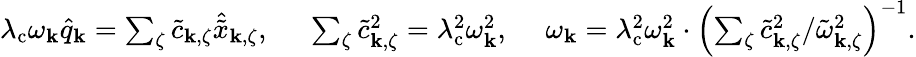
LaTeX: \begin{array}{r}{\lambda_{\mathrm{c}}\omega_{\mathbf{k}}\hat{q}_{\mathbf{k}}=\sum_{\zeta}\tilde{c}_{{\mathbf k},\zeta}\hat{\tilde{x}}_{{\mathbf k},\zeta},~~~~~\sum_{\zeta}\tilde{c}_{{\mathbf k},\zeta}^{2}=\lambda_{\mathrm{c}}^{2}\omega_{\mathbf{k}}^{2},~~~~~\omega_{\mathbf{k}}=\lambda_{\mathrm{c}}^{2}\omega_{\mathbf{k}}^{2}\cdot\left(\sum_{\zeta}\tilde{c}_{{\mathbf k},\zeta}^{2}/\tilde{\omega}_{{\mathbf k},\zeta}^{2}\right)^{-1}.}\end{array}